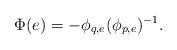
\begin{align*}\Phi(e) = - \phi_{q,e}(\phi_{p,e})^{-1}.\end{align*}